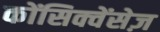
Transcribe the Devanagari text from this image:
कोंसिक्वेंसेज़